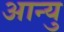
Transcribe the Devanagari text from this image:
आन्यु